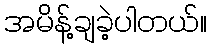
အမိန့်ချခဲ့ပါတယ်။